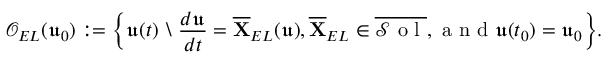
\mathcal { O } _ { E L } ( \mathfrak { u } _ { 0 } ) : = \bigg \{ \mathfrak { u } ( t ) \ \backslash \ \frac { d \mathfrak { u } } { d t } = \overline { { \mathbf { X } } } _ { E L } ( \mathfrak { u } ) , \overline { { \mathbf { X } } } _ { E L } \in \overline { { \mathcal { S } \mathrm { ~ o ~ l ~ } } } , \mathrm { ~ a ~ n ~ d ~ } \mathfrak { u } ( t _ { 0 } ) = \mathfrak { u } _ { 0 } \bigg \} .